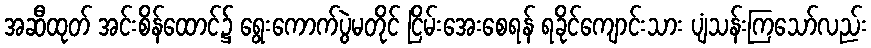
အဆီထုတ် အင်းစိန်ထောင်၌ ရွေးကောက်ပွဲမတိုင် ငြိမ်းအေးစေရန် ရခိုင်ကျောင်းသား ပျံသန်းကြသော်လည်း